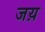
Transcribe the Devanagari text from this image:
जय़